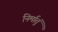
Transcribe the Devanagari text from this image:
निर्मातुं